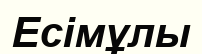
Есімұлы